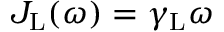
J _ { \mathrm { L } } ( \omega ) = \gamma _ { \mathrm { L } } \omega